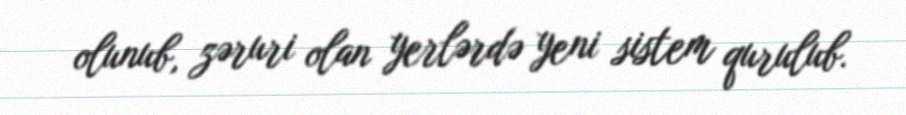
olunub, zəruri olan yerlərdə yeni sistem qurulub.